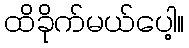
ထိခိုက်မယ်ပေါ့။